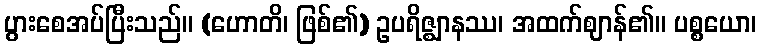
ပွားစေအပ်ပြီးသည်။ (ဟောတိ၊ ဖြစ်၏) ဥပရိဇ္ဈာနဿ၊ အထက်ဈာန်၏။ ပစ္စယော၊